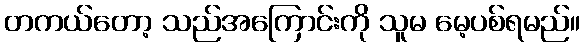
တကယ်တော့ သည်အကြောင်းကို သူမ မေ့ပစ်ရမည်။